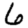
Digit: 6